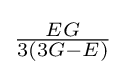
{\tfrac {EG}{3(3G-E)}}